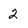
Character: 2